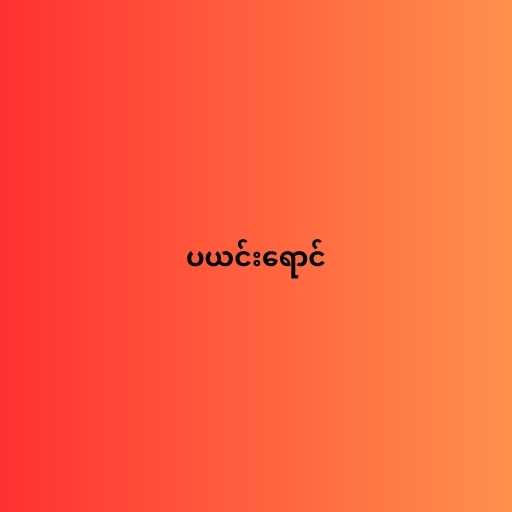
ပယင်းရောင်